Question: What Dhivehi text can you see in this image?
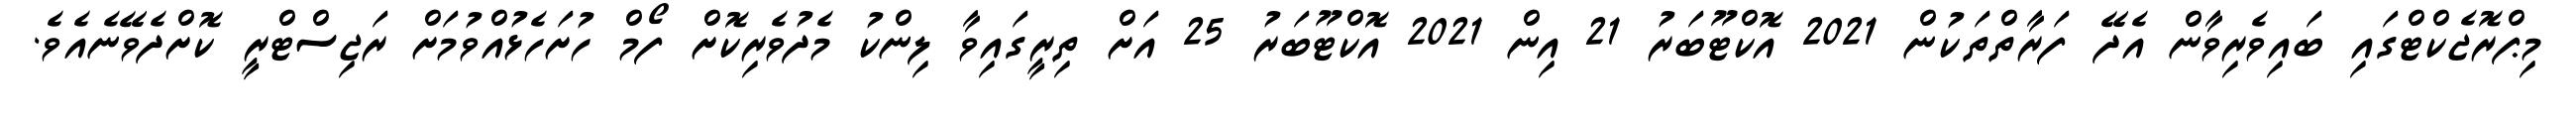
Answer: މިޕްރޮޖެކްޓްގައި ބައިވެރިވާން އެދޭ ފަރާތްތަކުން 2021 އޮކްޓޫބަރު 21 އިން 2021 އޮކްޓޫބަރު 25 އަށް ތިރީގައިވާ ލިންކު މެދުވެރިކޮށް ފޯމް ހުށަހެޅުއްވުމަށް ރަޖިސްޓްރީ ކޮށްދެވޭނެއެވެ.